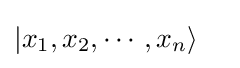
|x_{1},x_{2},\cdots ,x_{n}\rangle \quad